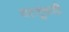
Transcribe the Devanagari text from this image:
वस्तूंचाही